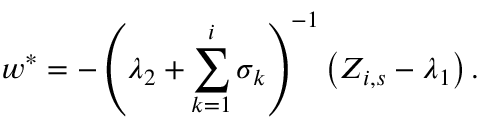
w ^ { \ast } = - \left( \lambda _ { 2 } + \sum _ { k = 1 } ^ { i } \sigma _ { k } \right) ^ { - 1 } \left( Z _ { i , s } - \lambda _ { 1 } \right) .